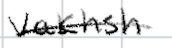
Text: Vakhsh
Cross-out: single-line
Writing tool: digital_black